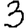
Digit: 3